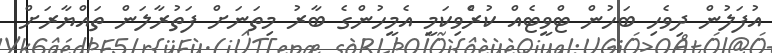
އުފަލުން ދިވެހި ބަހުން ޓްވީޓެއް ކުރެްވިކަމީ އެމީހުންގެ ބާރު މިތަނަށް ފަތުރާލަން ތައްޔާރަށް